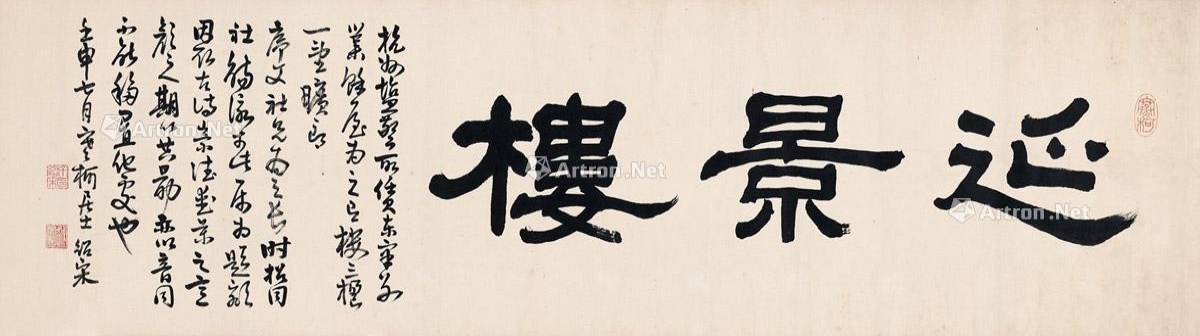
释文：延景楼。杭州盐警所赁东皋别业余屋为之，有楼三楹，一望旷朗。序文社兄为之长时招同社觞咏于此，属为题额。因取古诗崇德爱景之意颜之，期以共朂，亦以音同不能移置他处也。壬申七月，寒柯居士绍宋。